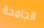
الجامحة